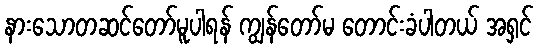
နားသောတဆင်တော်မူပါရန် ကျွန်တော်မ တောင်းခံပါတယ် အရှင်